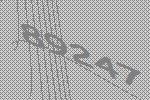
89247